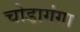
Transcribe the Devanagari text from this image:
चोडागंगा